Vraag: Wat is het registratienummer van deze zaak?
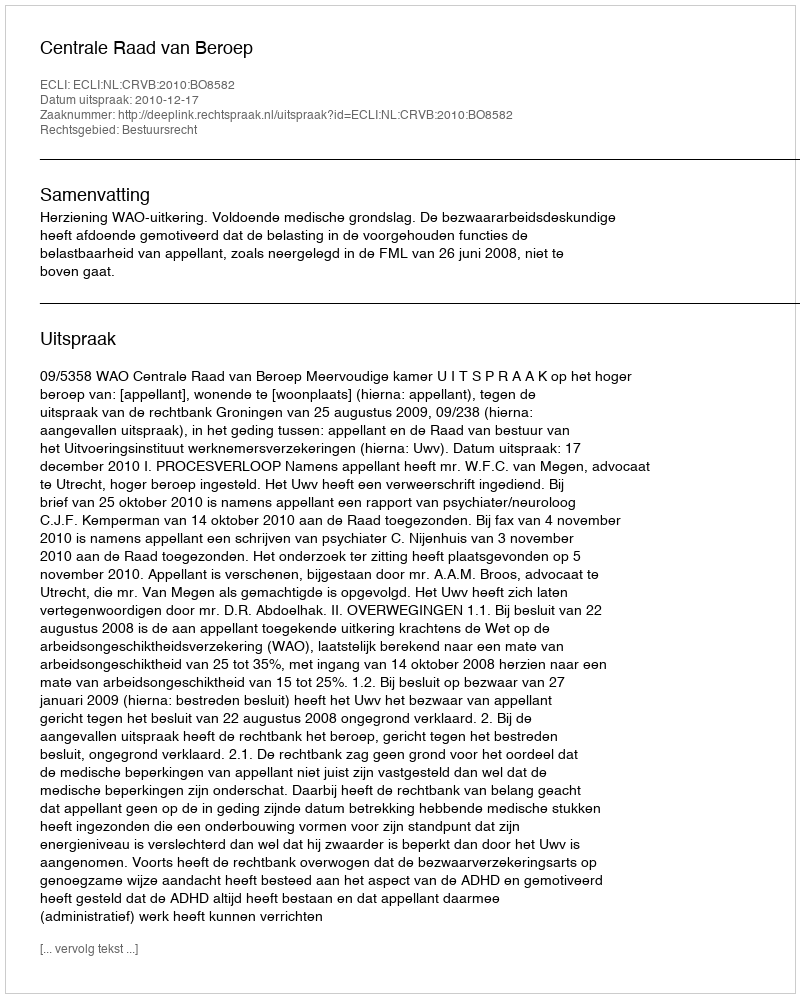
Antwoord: http://deeplink.rechtspraak.nl/uitspraak?id=ECLI:NL:CRVB:2010:BO8582